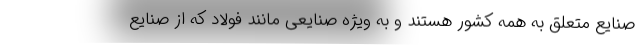
صنایع متعلق به همه کشور هستند و به ویژه صنایعی مانند فولاد که از صنایع